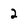
Character: 2